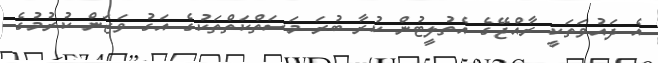
އެ ދައުވަތަކީ ރާއްޖޭގެ އެތުލީޓުން ކުރާ ބުރަ މަސަތްކަތްތަކުގެ އަގު ވަޒަން ކުރުމުގެ